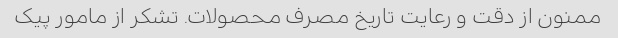
ممنون از دقت و رعایت تاریخ مصرف محصولات. تشکر از مامور پیک